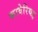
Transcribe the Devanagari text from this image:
कावेरियइ